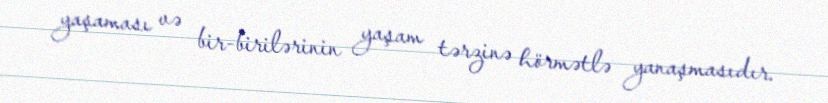
yaşaması və bir-birilərinin yaşam tərzinə hörmətlə yanaşmasıdır.